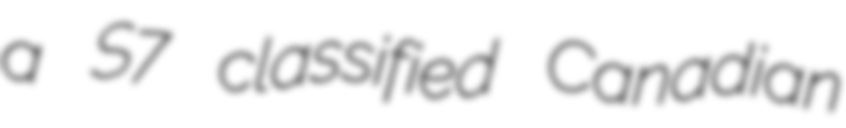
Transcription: a S7 classified Canadian